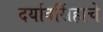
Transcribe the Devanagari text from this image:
दर्यावसिंहाचे